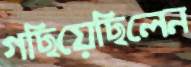
গছিয়েছিলেন